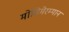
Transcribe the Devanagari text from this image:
मोहिमेरम्यान